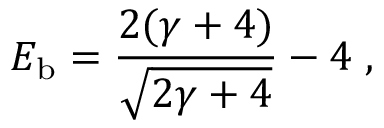
E _ { \mathrm { b } } = { \frac { 2 ( \gamma + 4 ) } { \sqrt { 2 \gamma + 4 } } } - 4 \; ,